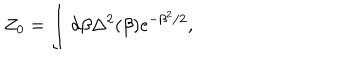
Z _ { 0 } = \int d \beta \Delta ^ { 2 } ( \beta ) \mathrm { e } ^ { - \beta ^ { 2 } / 2 } ,